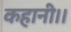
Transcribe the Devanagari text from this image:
कहानी।।